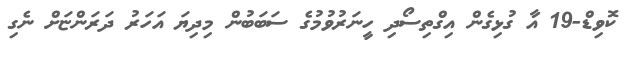
ކޮވިޑް-19 އާ ގުޅިގެން އިގްތިސޯދި ހީނަރުވުމުގެ ސަބަބުން މިދިޔަ އަހަރު ދަރަންޏަށް ނެގި